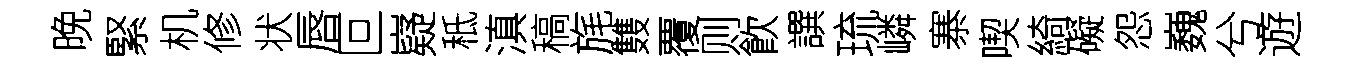
晚緊机修状唇叵嶷秪滇稿旄䨇覆则飮譔琉嶙寨喫綺礙怨巍兮遊